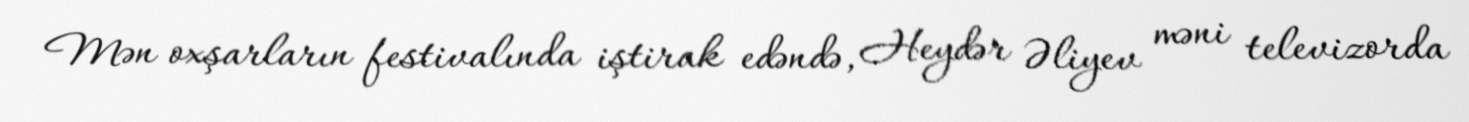
Mən oxşarların festivalında iştirak edəndə, Heydər Əliyev məni televizorda